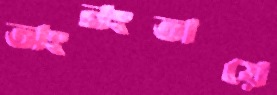
অংনংতায়ে